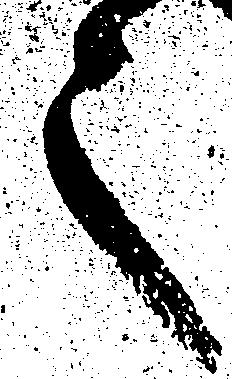
之